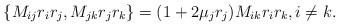
LaTeX: \begin{align*}\{M_{ij}r_i r_j, M_{jk}r_j r_k\}=(1+2 \mu_{j} r_j) M_{ik}r_{i} r_{k},i\neq k.\end{align*}